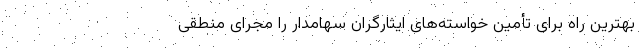
بهترین راه برای تأمین خواسته‌های ایثارگران سهامدار را مجرای منطقی